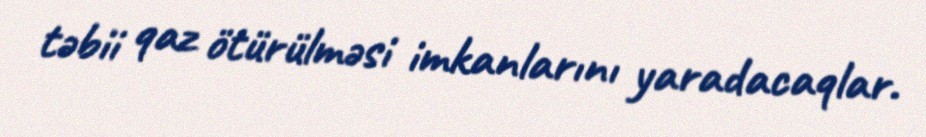
təbii qaz ötürülməsi imkanlarını yaradacaqlar.